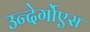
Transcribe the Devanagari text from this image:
उन्देर्गोएस